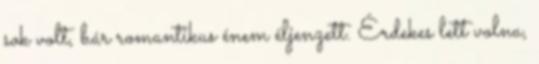
sok volt, bár romantikus énem éljenzett. Érdekes lett volna,